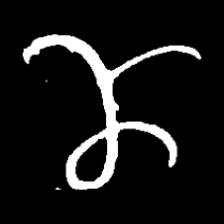
Pyu character \u2014 Myanmar letter: ဏ (romanized: nna)